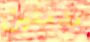
مدمنين